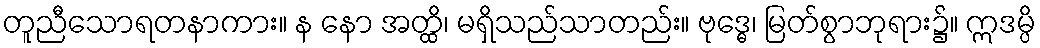
တူညီသောရတနာကား။ န နော အတ္ထိ၊ မရှိသည်သာတည်း။ ဗုဒ္ဓေ၊ မြတ်စွာဘုရား၌။ ဣဒမ္ပိ